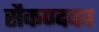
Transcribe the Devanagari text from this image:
सैकण्दका